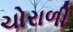
ચોરાળી